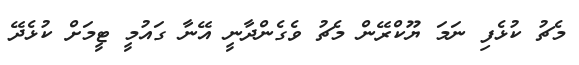
މެޗު ކުޅެފި ނަމަ ޔޫކްރޭން މެޗު ވެގެންދާނީ އޭނާ ގައުމީ ޓީމަށް ކުޅެދޭ